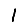
Digit: 1